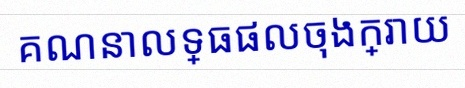
គណនាលទ្ធផលចុងក្រោយ